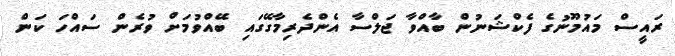
ރައީސް މައުމޫނުގެ ފެކްޝަނުން ބާއްވާ ޖަލްސާ އެންދެރިމާގޭގައި ބޭއްވުމަށް ވުރެން ސައްހަ ކަން